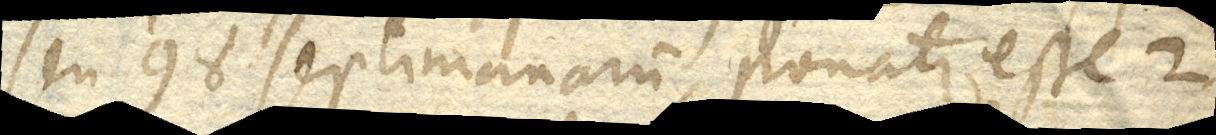
seu 98 septimanarum, ponatur esse 2